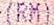
(RM)